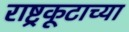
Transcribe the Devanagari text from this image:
राष्ट्रकूटाच्या